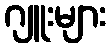
ဂျူးများ